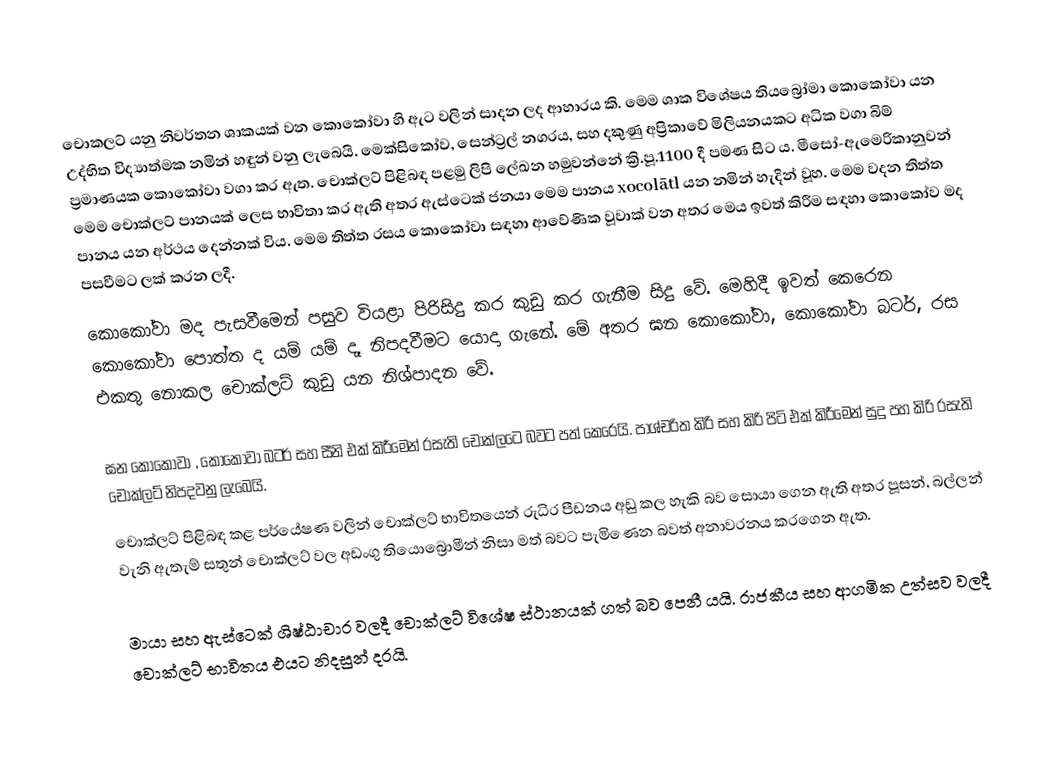
චොකලට් යනු නිවර්තන ශාකයක් වන කොකෝවා හි ඇට වලින් සාදන ලද ආහාරය කි. මෙම ශාක විශේෂය තියබ්‍රෝමා කොකෝවා යන උද්භිත විද්‍යාත්මක නමින් හඳුන් වනු ලැබෙයි. මෙක්සිකෝව, සෙන්ට්‍රල් නගරය, සහ දකුණු අප්‍රිකාවේ මිලියනයකට අධික වගා බිම් ප්‍රමාණයක කොකෝවා වගා කර ඇත. චොක්ලට් පිළිබඳ පළමු ලිපි ලේඛන හමුවන්නේ ක්‍රි.පූ.1100 දී පමණ සිට ය. මීසෝ-ඇමෙරිකානුවන් මෙම චොක්ලට් පානයක් ලෙස භාවිතා කර ඇති අතර ඇස්ටෙක් ජනයා මෙම පානය xocolātl යන නමින් හැදින් වූහ. මෙම වදන තිත්ත පානය යන අර්ථය දෙන්නක් විය. මෙම තිත්ත රසය කොකෝවා සඳහා ආවේණික වූවාක් වන අතර මෙය ඉවත් කිරීම සඳහා කොකෝව මද පසවීමට ලක් කරන ලදී.
කොකෝවා මද පැසවීමෙන් පසුව වියළා පිරිසිදු කර කුඩු කර ගැනීම සිදු වේ. මෙහිදී ඉවත් කෙරෙන කොකෝවා පොත්ත ද යම් යම් දෑ නිපදවීමට යොදා ගැනේ. මේ අතර ඝන කොකෝවා, කොකෝවා බටර්, රස එකතු නොකල චොක්ලට් කුඩු යන නිශ්පාදන වේ.

ඝන කොකෝවා , කොකෝවා බටර් සහ සීනි එක් කිරීමෙන් රසැති චොක්ලටෙ බවට පත් කෙරෙයි. පාශ්චරිත කිරි සහ කිරි පිටි එක් කිරීමෙන් සුදු පහ කිරි රසැති චොක්ලට් නිපදවනු ලැබෙයි.
චොක්ලට් පිළිබඳ කළ පර්යේෂණ වලින් චොක්ලට් භාවිතයෙන් රුධිර පීඩනය අඩු කල හැකි බව සොයා ගෙන ඇති අතර පූසන්, බල්ලන් වැනි ඇතැම් සතුන් චොක්ලට් වල අඩංගු තියොබ්‍රොමීන් නිසා මත් බවට පැමිණෙන බවත් අනාවරනය කරගෙන ඇත.

මායා සහ ඇස්ටෙක් ශිෂ්ඨාචාර වලදී චොක්ලට් විශේෂ ස්ථානයක් ගත් බව පෙනී යයි. රාජකීය සහ ආගමික උත්සව වලදී චොක්ලට් භාවිතය එයට නිදසුන් දරයි.